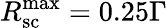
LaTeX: R_{\mathrm{{sc}}}^{\mathrm{{max}}}=0.25\Gamma